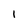
Character: I